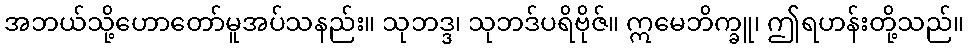
အဘယ်သို့ဟောတော်မူအပ်သနည်း။ သုဘဒ္ဒ၊ သုဘဒ်ပရိဗိုဇ်။ ဣမေဘိက္ခူ၊ ဤရဟန်းတို့သည်။